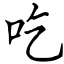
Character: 吃